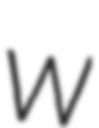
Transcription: W